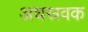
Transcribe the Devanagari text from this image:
अधस्रवक